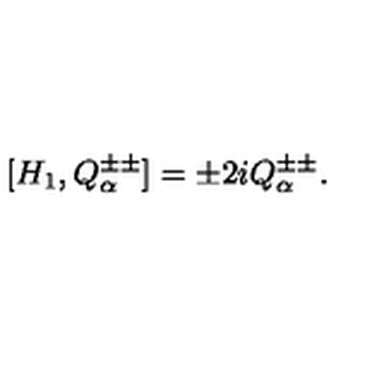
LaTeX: [ H _ { 1 } , Q _ { \alpha } ^ { \pm \pm } ] = \pm 2 i Q _ { \alpha } ^ { \pm \pm } .